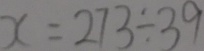
x = 2 7 3 \div 3 9